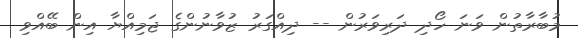
މުބާރާތުން ވަނަ ހޯދި ދަރިވަރުން -- ދިއްގަރު ޒުވާނުންގެ ޖަމިއްޔާ އިން ބޭއްވި